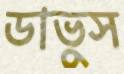
ডাভুস